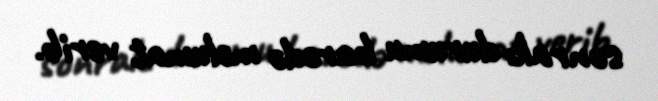
sonrakı durumu barədə məlumat verib.